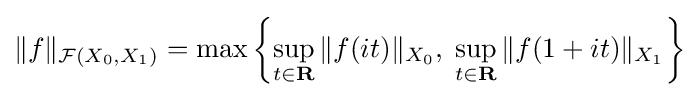
\|f\|_{{\mathcal {F}}(X_{0},X_{1})}=\max \left\{\sup _{t\in \mathbf {R} }\|f(it)\|_{X_{0}},\;\sup _{t\in \mathbf {R} }\|f(1+it)\|_{X_{1}}\right\}